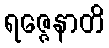
ရဇ္ဇေနာတိ